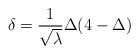
\begin{align*}\delta =\frac{1}{\sqrt{\lambda }}\Delta (4-\Delta )\end{align*}